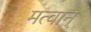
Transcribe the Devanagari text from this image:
मत्वान्